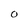
Character: O